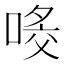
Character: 𠸀